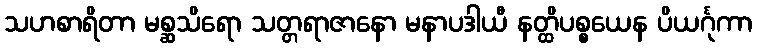
သဟစာရိတာ မစ္ဆသိရော သတ္တရာဇာနော မနာပဒါယီ နတ္ထိပစ္စယေန ပိယင်္ဂုကာ